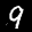
Label: 9